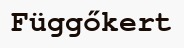
Függőkert